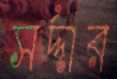
সর্দ্দার